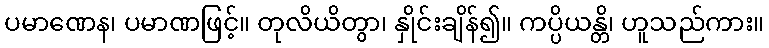
ပမာဏေန၊ ပမာဏဖြင့်။ တုလိယိတွာ၊ နှိုင်းချိန်၍။ ကပ္ပိယန္တိ၊ ဟူသည်ကား။